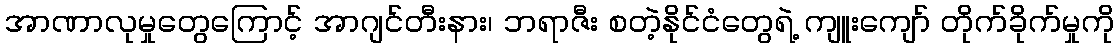
အာဏာလုမှုတွေကြောင့် အာဂျင်တီးနား၊ ဘရာဇီး စတဲ့နိုင်ငံတွေရဲ့ ကျူးကျော် တိုက်ခိုက်မှုကို